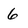
Character: 6